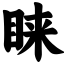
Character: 睐